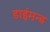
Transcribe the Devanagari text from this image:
डाईमन्ड